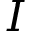
I